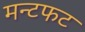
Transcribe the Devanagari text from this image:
मन्टफट